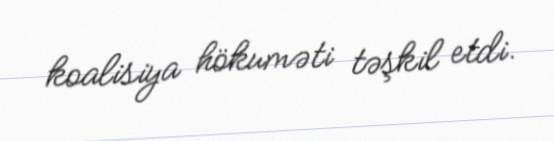
koalisiya hökuməti təşkil etdi.